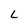
Character: L